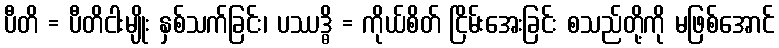
ပီတိ = ပီတိငါးမျိုး နှစ်သက်ခြင်း၊ ပဿဒ္ဓိ = ကိုယ်စိတ် ငြိမ်းအေးခြင်း စသည်တို့ကို မဖြစ်အောင်